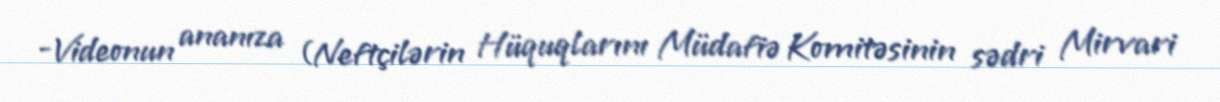
-Videonun ananıza (Neftçilərin Hüquqlarını Müdafiə Komitəsinin sədri Mirvari